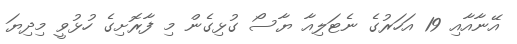
އޭނާއާއި 19 އަހަރުގެ ނެޓަލިއާ ޔާސޯ ގުޅިގެން މި ފާރޮށިގެ ހުޅުވީ މިދިޔަ